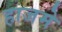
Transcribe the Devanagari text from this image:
हाजमे